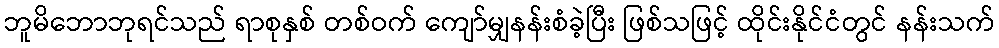
ဘူမိဘောဘုရင်သည် ရာစုနှစ် တစ်ဝက် ကျော်မျှနန်းစံခဲ့ပြီး ဖြစ်သဖြင့် ထိုင်းနိုင်ငံတွင် နန်းသက်